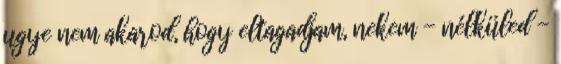
ugye nem akarod, hogy eltagadjam, nekem - nélküled -